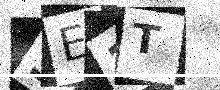
Text: 3E3T